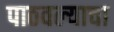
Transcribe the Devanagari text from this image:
पाठवल्याचा